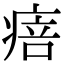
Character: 㾦